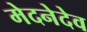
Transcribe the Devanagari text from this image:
मेदनेदेव